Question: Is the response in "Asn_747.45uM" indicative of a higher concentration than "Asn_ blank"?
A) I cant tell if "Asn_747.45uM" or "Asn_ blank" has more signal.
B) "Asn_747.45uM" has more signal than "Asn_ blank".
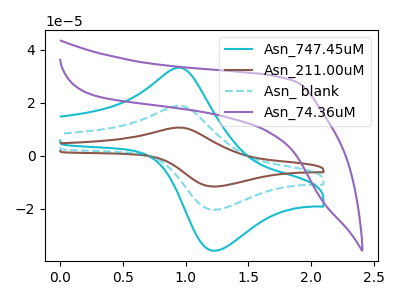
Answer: <think>The cyan curve "Asn_747.45uM" has an anodic peak at (0.95V, 33.35uA) and a cathodic peak at (1.25V, -35.75uA). The brown curve "Asn_211.00uM" has an anodic peak at (0.95V, 37.85uA) and a cathodic peak at (1.25V, -40.60uA). The cyan dashed curve "Asn_ blank" has an anodic peak at (0.95V, 18.95uA) and a cathodic peak at (1.25V, -20.30uA). The purple curve "Asn_74.36uM" has no peaks.
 All the peaks in "Asn_747.45uM" have a peak in "Asn_ blank" at the same potential. Every peak in "Asn_747.45uM" is higher than every peak in "Asn_ blank".</think>
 <answer>B) "Asn_747.45uM" has more signal than "Asn_ blank".</answer>
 <eval>B</eval>